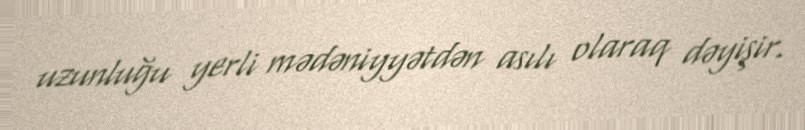
uzunluğu yerli mədəniyyətdən asılı olaraq dəyişir.